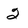
Character: 2